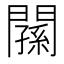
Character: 𨶉